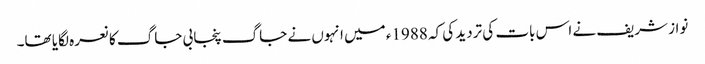
نواز شریف نے اس بات کی تردید کی کہ 1988ء میں انہوں نے جاگ پنجابی جاگ کا نعرہ لگایا تھا۔